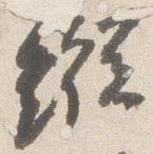
縦